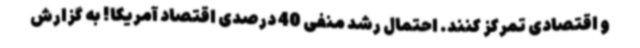
و اقتصادی تمرکز کنند. احتمال رشد منفی 40 درصدی اقتصاد آمریکا! به گزارش